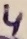
Text: 4